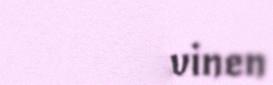
Huovinen